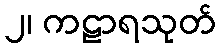
၂၊ ကဠာရသုတ်